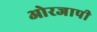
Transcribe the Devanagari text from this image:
ओरजापी